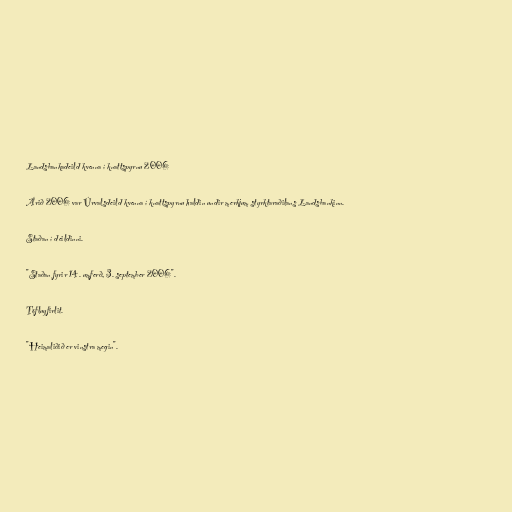
Landsbankadeild kvenna í knattspyrnu 2006

Árið 2006 var Úrvalsdeild kvenna í knattspyrnu haldin undir merkjum styrktaraðilans Landsbankinn.

Staðan í deildinni.

"Staðan fyrir 14. umferð, 3. september 2006".

Töfluyfirlit.

"Heimaliðið er vinstra megin".